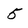
Character: 5